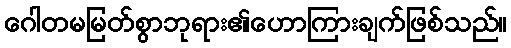
ဂေါတမမြတ်စွာဘုရား၏ဟောကြားချက်ဖြစ်သည်။